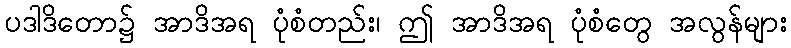
ပဒါဒိတော၌ အာဒိအရ ပုံစံတည်း၊ ဤ အာဒိအရ ပုံစံတွေ အလွန်များ